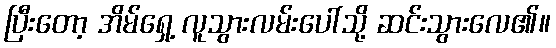
ပြီးတော့ အိမ်ရှေ့ လူသွားလမ်းပေါ်သို့ ဆင်းသွားလေ၏။